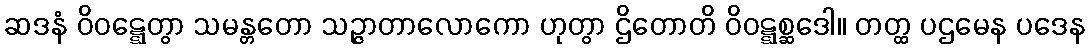
ဆဒနံ ဝိဝဋ္ဋေတွာ သမန္တတော သဉ္ဇာတာလောကော ဟုတွာ ဌိတောတိ ဝိဝဋ္ဋစ္ဆဒေါ။ တတ္ထ ပဌမေန ပဒေန